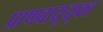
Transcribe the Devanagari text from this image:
प्राणवायूयूक्त